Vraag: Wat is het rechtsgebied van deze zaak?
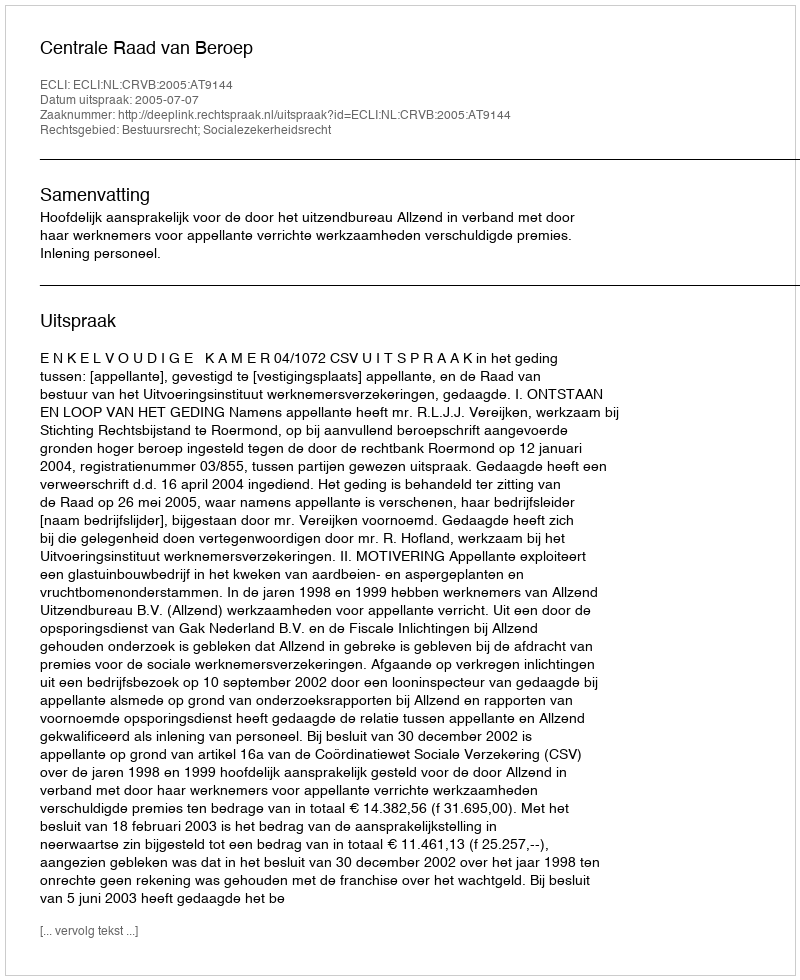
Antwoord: Bestuursrecht; Socialezekerheidsrecht